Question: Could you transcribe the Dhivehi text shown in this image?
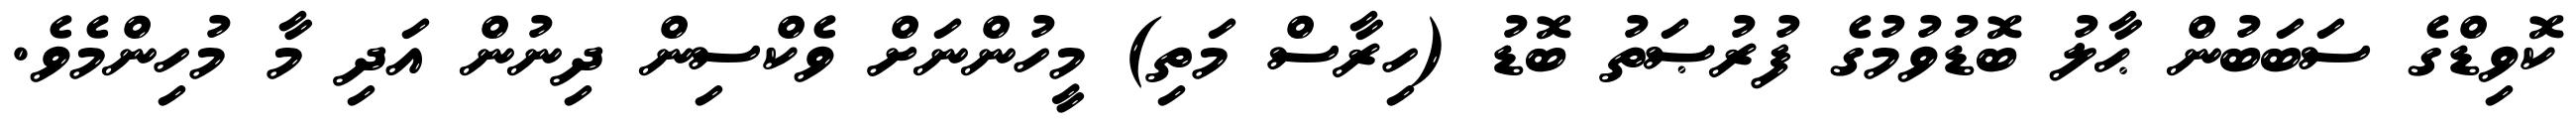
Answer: ކޮވިޑްގެ ސަބަބުން ޙާލު ބޮޑުވުމުގެ ފުރުޞަތު ބޮޑު (ހިރާސް މަތި) މީހުންނަށް ވެކްސިން ދިނުން އަދި މާ މުހިންމެވެ.